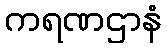
ကရဏဌာနံ